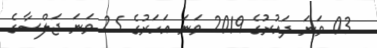
03 ވަނަ ދައުރުގެ 2019 ވަނަ އަހަރުގެ 25 ވަނަ ޖަލްސާގެ